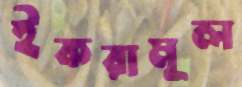
ইকরামূল